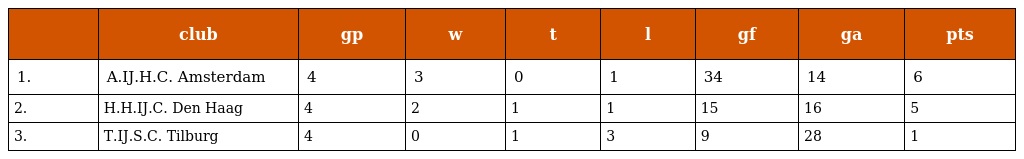
|  | club | gp | w | t | l | gf | ga | pts |
 | --- | --- | --- | --- | --- | --- | --- | --- | --- |
 | 1. | A.IJ.H.C. Amsterdam | 4 | 3 | 0 | 1 | 34 | 14 | 6 |
 | 2. | H.H.IJ.C. Den Haag | 4 | 2 | 1 | 1 | 15 | 16 | 5 |
 | 3. | T.IJ.S.C. Tilburg | 4 | 0 | 1 | 3 | 9 | 28 | 1 |